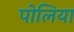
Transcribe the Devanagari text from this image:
पोलिया